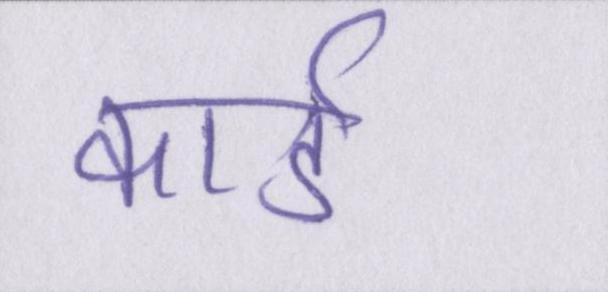
कार्ड